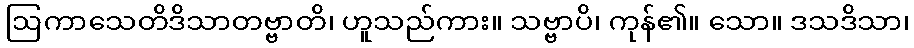
ဩကာသေတိဒိသာတဗ္ဗာတိ၊ ဟူသည်ကား။ သဗ္ဗာပိ၊ ကုန်၏။ သော။ ဒသဒိသာ၊